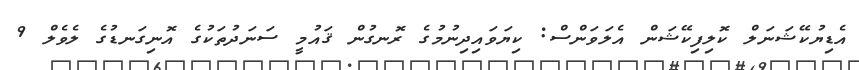
އެޑިޔުކޭޝަނަލް ކޮލިފިކޭޝަން އެލަވަންސް: ކިޔަވައިދިނުމުގެ ރޮނގުން ޤައުމީ ސަނަދުތަކުގެ އޮނިގަނޑުގެ ލެވެލް 9